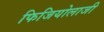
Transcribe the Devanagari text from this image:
फिजियोलाजी